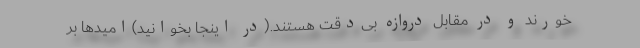
‌خورند و در مقابل دروازه بی‌دقت هستند.(در اینجا بخوانید)امیدها بر